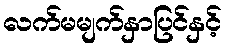
လက်မမျက်နှာပြင်နှင့်